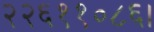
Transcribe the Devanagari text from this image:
२२६११०८६।